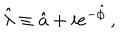
\hat { \lambda } \equiv \hat { a } + i e ^ { - \hat { \phi } } \, ,